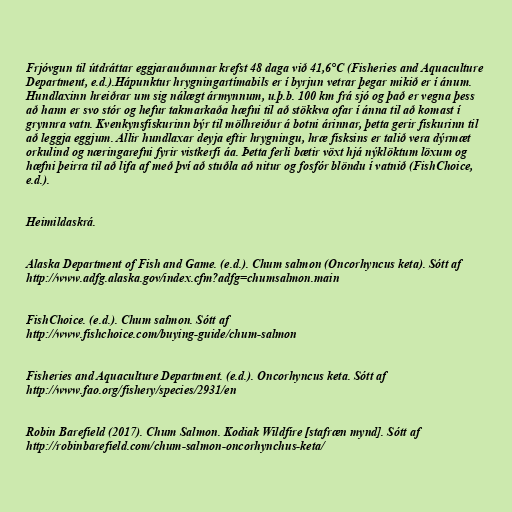
Frjóvgun til útdráttar eggjarauðunnar krefst 48 daga við 41,6°C (Fisheries and Aquaculture
Department, e.d.).Hápunktur hrygningartímabils er í byrjun vetrar þegar mikið er í ánum.
Hundlaxinn hreiðrar um sig nálægt ármynnum, u.þ.b. 100 km frá sjó og það er vegna þess
að hann er svo stór og hefur takmarkaða hæfni til að stökkva ofar í ánna til að komast í
grynnra vatn. Kvenkynsfiskurinn býr til mölhreiður á botni árinnar, þetta gerir fiskurinn til
að leggja eggjum. Allir hundlaxar deyja eftir hrygningu, hræ fisksins er talið vera dýrmæt
orkulind og næringarefni fyrir vistkerfi áa. Þetta ferli bætir vöxt hjá nýklöktum löxum og
hæfni þeirra til að lifa af með því að stuðla að nitur og fosfór blöndu í vatnið (FishChoice,
e.d.).

Heimildaskrá.

Alaska Department of Fish and Game. (e.d.). Chum salmon (Oncorhyncus keta). Sótt af
http://www.adfg.alaska.gov/index.cfm?adfg=chumsalmon.main

FishChoice. (e.d.). Chum salmon. Sótt af
http://www.fishchoice.com/buying-guide/chum-salmon

Fisheries and Aquaculture Department. (e.d.). Oncorhyncus keta. Sótt af
http://www.fao.org/fishery/species/2931/en

Robin Barefield (2017). Chum Salmon. Kodiak Wildfire [stafræn mynd]. Sótt af
http://robinbarefield.com/chum-salmon-oncorhynchus-keta/